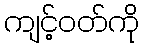
ကျင့်ဝတ်ကို